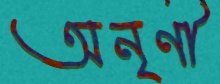
অনৃণী